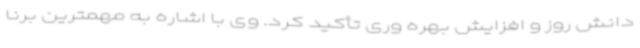
دانش روز و افزایش بهره وری تأکید کرد. وی با اشاره به مهمترین برنا